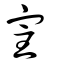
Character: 宔